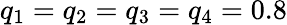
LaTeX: q_{1}=q_{2}=q_{3}=q_{4}=0.8